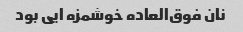
نان فوق‌العاده خوشمزه ایی بود